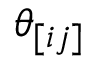
\theta _ { [ i j ] }